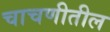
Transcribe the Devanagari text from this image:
चाचणीतील